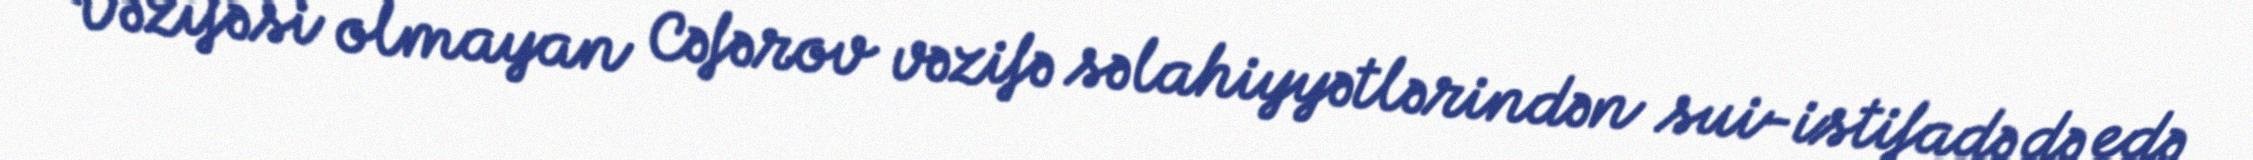
Vəzifəsi olmayan Cəfərov vəzifə səlahiyyətlərindən sui-istifadə də edə